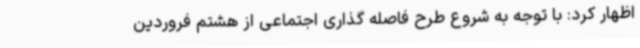
اظهار کرد: با توجه به شروع طرح فاصله گذاری اجتماعی از هشتم فروردین‌